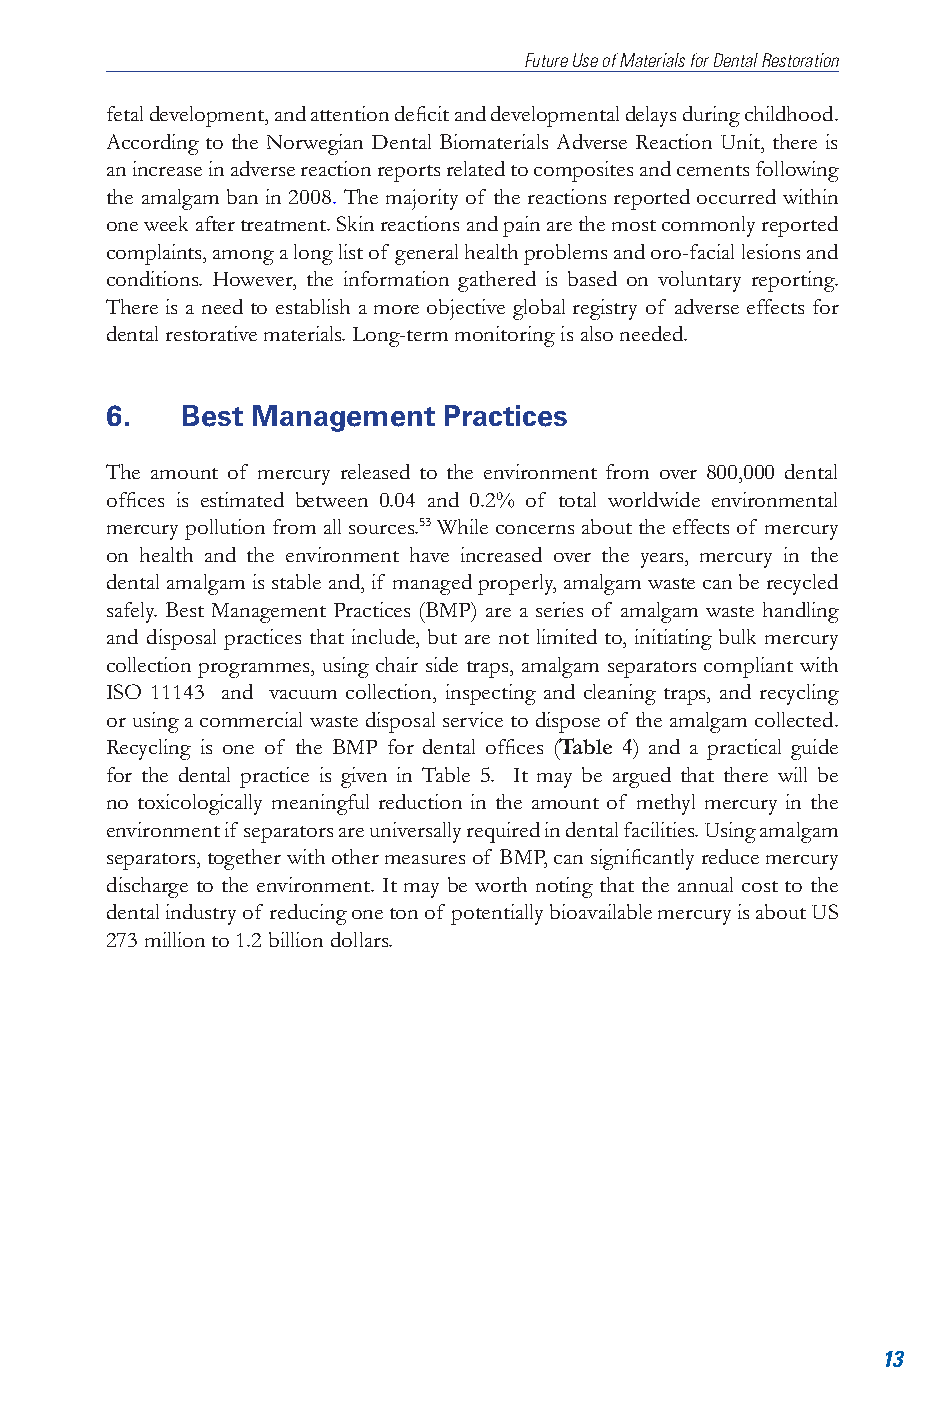
Future Use of Materials for Dental Restoration
 fetal development, and attention deficit and developmental delays during childhood.
 According to the Norwegian Dental Biomaterials Adverse Reaction Unit, there is
 an increase in adverse reaction reports related to composites and cements following
 the amalgam ban in 2008. The majority of the reactions reported occurred within
 one week after treatment. Skin reactions and pain are the most commonly reported
 complaints, among a long list of general health problems and oro-facial lesions and
 conditions. However, the information gathered is based on voluntary reporting.
 There is a need to establish a more objective global registry of adverse effects for
 dental restorative materials. Long-term monitoring is also needed.
 6.   Best Management  Practices
 The amount of mercury released to the environment from over 800,000 dental
 offices is estimated between 0.04 and 0.2% of total worldwide environmental
 mercury pollution from all sources.53 While concerns about the effects of mercury
 on health and the environment have increased over the years, mercury in the
 dental amalgam is stable and, if managed properly, amalgam waste can be recycled
 safely. Best Management Practices (BMP) are a series of amalgam waste handling
 and disposal practices that include, but are not limited to, initiating bulk mercury
 collection programmes, using chair side traps, amalgam separators compliant with
 ISO 11143 and vacuum collection, inspecting and cleaning traps, and recycling
 or using a commercial waste disposal service to dispose of the amalgam collected.
 Recycling is one of the BMP for dental offices (Table 4) and a practical guide
 for the dental practice is given in Table 5. It may be argued that there will be
 no toxicologically meaningful reduction in the amount of methyl mercury in the
 environment if separators are universally required in dental facilities. Using amalgam
 separators, together with other measures of BMP, can significantly reduce mercury
 discharge to the environment. It may be worth noting that the annual cost to the
 dental industry of reducing one ton of potentially bioavailable mercury is about US
 273 million to 1.2 billion dollars.
 13